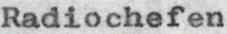
Radiochefen